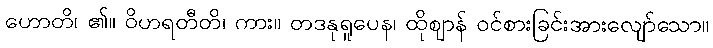
ဟောတိ၊ ၏။ ဝိဟရတီတိ၊ ကား။ တဒနုရူပေန၊ ထိုဈာန် ဝင်စားခြင်းအားလျော်သော။